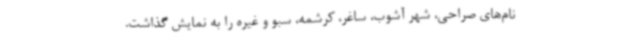
نام‌های صراحی، شهر آشوب، ساغر، کرشمه، سبو و غیره را به نمایش گذاشت.